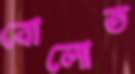
বোলোত